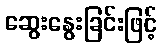
ဆွေးနွေးခြင်းဖြင့်